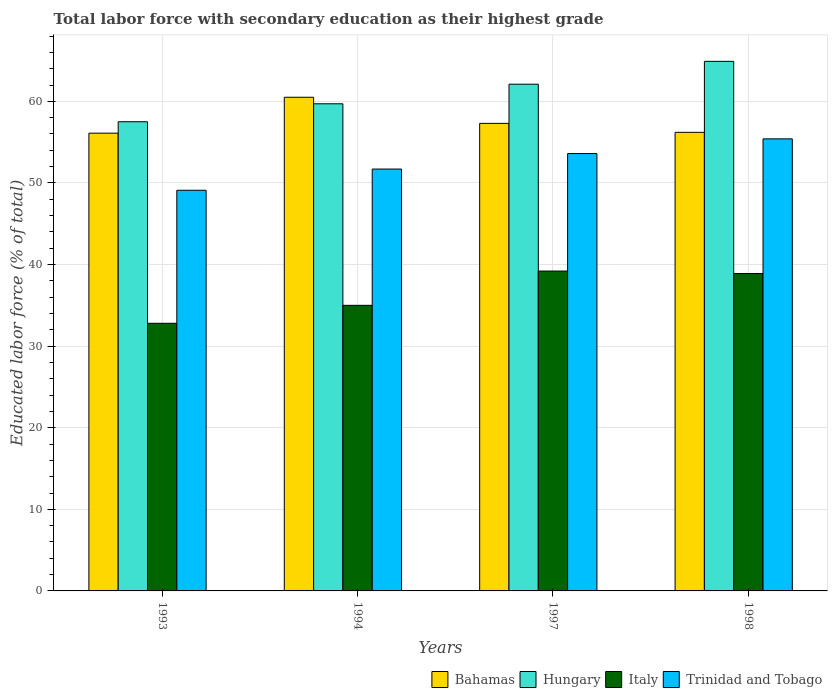
| Years | Bahamas | Hungary | Italy | Trinidad and Tobago |
 | --- | --- | --- | --- | --- |
 | 1993 | 56.1 | 57.5 | 32.8 | 49.1 |
 | 1994 | 60.5 | 59.7 | 35 | 51.7 |
 | 1997 | 57.3 | 62.1 | 39.2 | 53.6 |
 | 1998 | 56.2 | 64.9 | 38.9 | 55.4 |